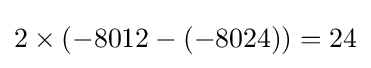
2\times (-8012-(-8024))=24